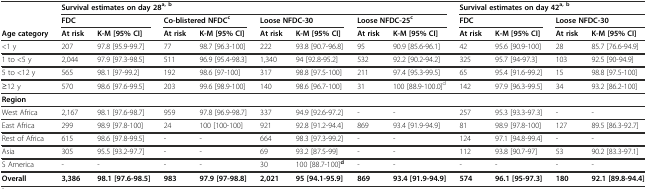
<table><thead><tr><td></td><td colspan="8"><b>Survival estimates on day 28<sup>a, b</sup></b></td><td colspan="4"><b>Survival estimates on day 42<sup>a, b</sup></b></td></tr><tr><td></td><td colspan="2"><b>FDC</b></td><td colspan="2"><b>Co-blistered NFDC<sup>c</sup></b></td><td colspan="2"><b>Loose NFDC-30</b></td><td colspan="2"><b>Loose NFDC-25<sup>c</sup></b></td><td colspan="2"><b>FDC</b></td><td colspan="2"><b>Loose NFDC-30</b></td></tr><tr><td><b>Age category</b></td><td><b>At risk</b></td><td><b>K-M [95% CI]</b></td><td><b>At risk</b></td><td><b>K-M [95% CI]</b></td><td><b>At risk</b></td><td><b>K-M [95% CI]</b></td><td><b>At risk</b></td><td><b>K-M [95% CI]</b></td><td><b>At risk</b></td><td><b>K-M [95% CI]</b></td><td><b>At risk</b></td><td><b>K-M [95% CI]</b></td></tr></thead><tbody><tr><td>&lt;1 y</td><td>207</td><td>97.8 [95.9-99.7]</td><td>77</td><td>98.7 [96.3-100]</td><td>222</td><td>93.8 [90.7-96.8]</td><td>95</td><td>90.9 [85.6-96.1]</td><td>42</td><td>95.6 [90.9-100]</td><td>28</td><td>85.7 [76.6-94.9]</td></tr><tr><td>1 to &lt;5 y</td><td>2,044</td><td>97.9 [97.3-98.5]</td><td>511</td><td>96.9 [95.4-98.3]</td><td>1,340</td><td>94 [92.8-95.2]</td><td>532</td><td>92.2 [90.2-94.2]</td><td>325</td><td>95.7 [94-97.3]</td><td>103</td><td>92.5 [90-94.9]</td></tr><tr><td>5 to &lt;12 y</td><td>565</td><td>98.1 [97-99.2]</td><td>192</td><td>98.6 [97-100]</td><td>317</td><td>98.8 [97.5-100]</td><td>211</td><td>97.4 [95.3-99.5]</td><td>65</td><td>95.4 [91.6-99.2]</td><td>15</td><td>98.8 [97.5-100]</td></tr><tr><td>≥12 y</td><td>570</td><td>98.6 [97.6-99.5]</td><td>203</td><td>99.6 [98.9-100]</td><td>140</td><td>98.6 [96.7-100]</td><td>31</td><td>100 [88.9-100.0]<sup>d</sup></td><td>142</td><td>97.9 [96.3-99.5]</td><td>34</td><td>93.2 [86.2-100]</td></tr><tr><td><b>Region</b></td><td></td><td></td><td></td><td></td><td></td><td></td><td></td><td></td><td></td><td></td><td></td><td></td></tr><tr><td>West Africa</td><td>2,167</td><td>98.1 [97.6-98.7]</td><td>959</td><td>97.8 [96.9-98.7]</td><td>337</td><td>94.9 [92.6-97.2]</td><td>-</td><td>-</td><td>257</td><td>95.3 [93.3-97.3]</td><td>-</td><td>-</td></tr><tr><td>East Africa</td><td>299</td><td>98.9 [97.8-100]</td><td>24</td><td>100 [100-100]</td><td>921</td><td>92.8 [91.2-94.4]</td><td>869</td><td>93.4 [91.9-94.9]</td><td>81</td><td>98.9 [97.8-100]</td><td>127</td><td>89.5 [86.3-92.7]</td></tr><tr><td>Rest of Africa</td><td>615</td><td>98.6 [97.8-99.5]</td><td>-</td><td>-</td><td>664</td><td>98.3 [97.3-99.2]</td><td>-</td><td>-</td><td>124</td><td>97.1 [94.8-99.4]</td><td>-</td><td>-</td></tr><tr><td>Asia</td><td>305</td><td>95.5 [93.2-97.7]</td><td>-</td><td>-</td><td>69</td><td>93.2 [87.5-99]</td><td>-</td><td>-</td><td>112</td><td>93.8 [90.7-97]</td><td>53</td><td>90.2 [83.3-97.1]</td></tr><tr><td>S America</td><td>-</td><td>-</td><td>-</td><td>-</td><td>30</td><td>100 [88.7-100]<sup><b>d</b></sup></td><td>-</td><td>-</td><td>-</td><td>-</td><td>-</td><td>-</td></tr><tr><td><b>Overall</b></td><td><b>3,386</b></td><td><b>98.1 [97.6-98.5]</b></td><td><b>983</b></td><td><b>97.9 [97-98.8]</b></td><td><b>2,021</b></td><td><b>95 [94.1-95.9]</b></td><td><b>869</b></td><td><b>93.4 [91.9-94.9]</b></td><td><b>574</b></td><td><b>96.1 [95-97.3]</b></td><td><b>180</b></td><td><b>92.1 [89.8-94.4]</b></td></tr></tbody></table>